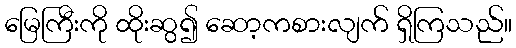
မြေကြီးကို ထိုးဆွ၍ ဆော့ကစားလျက် ရှိကြသည်။